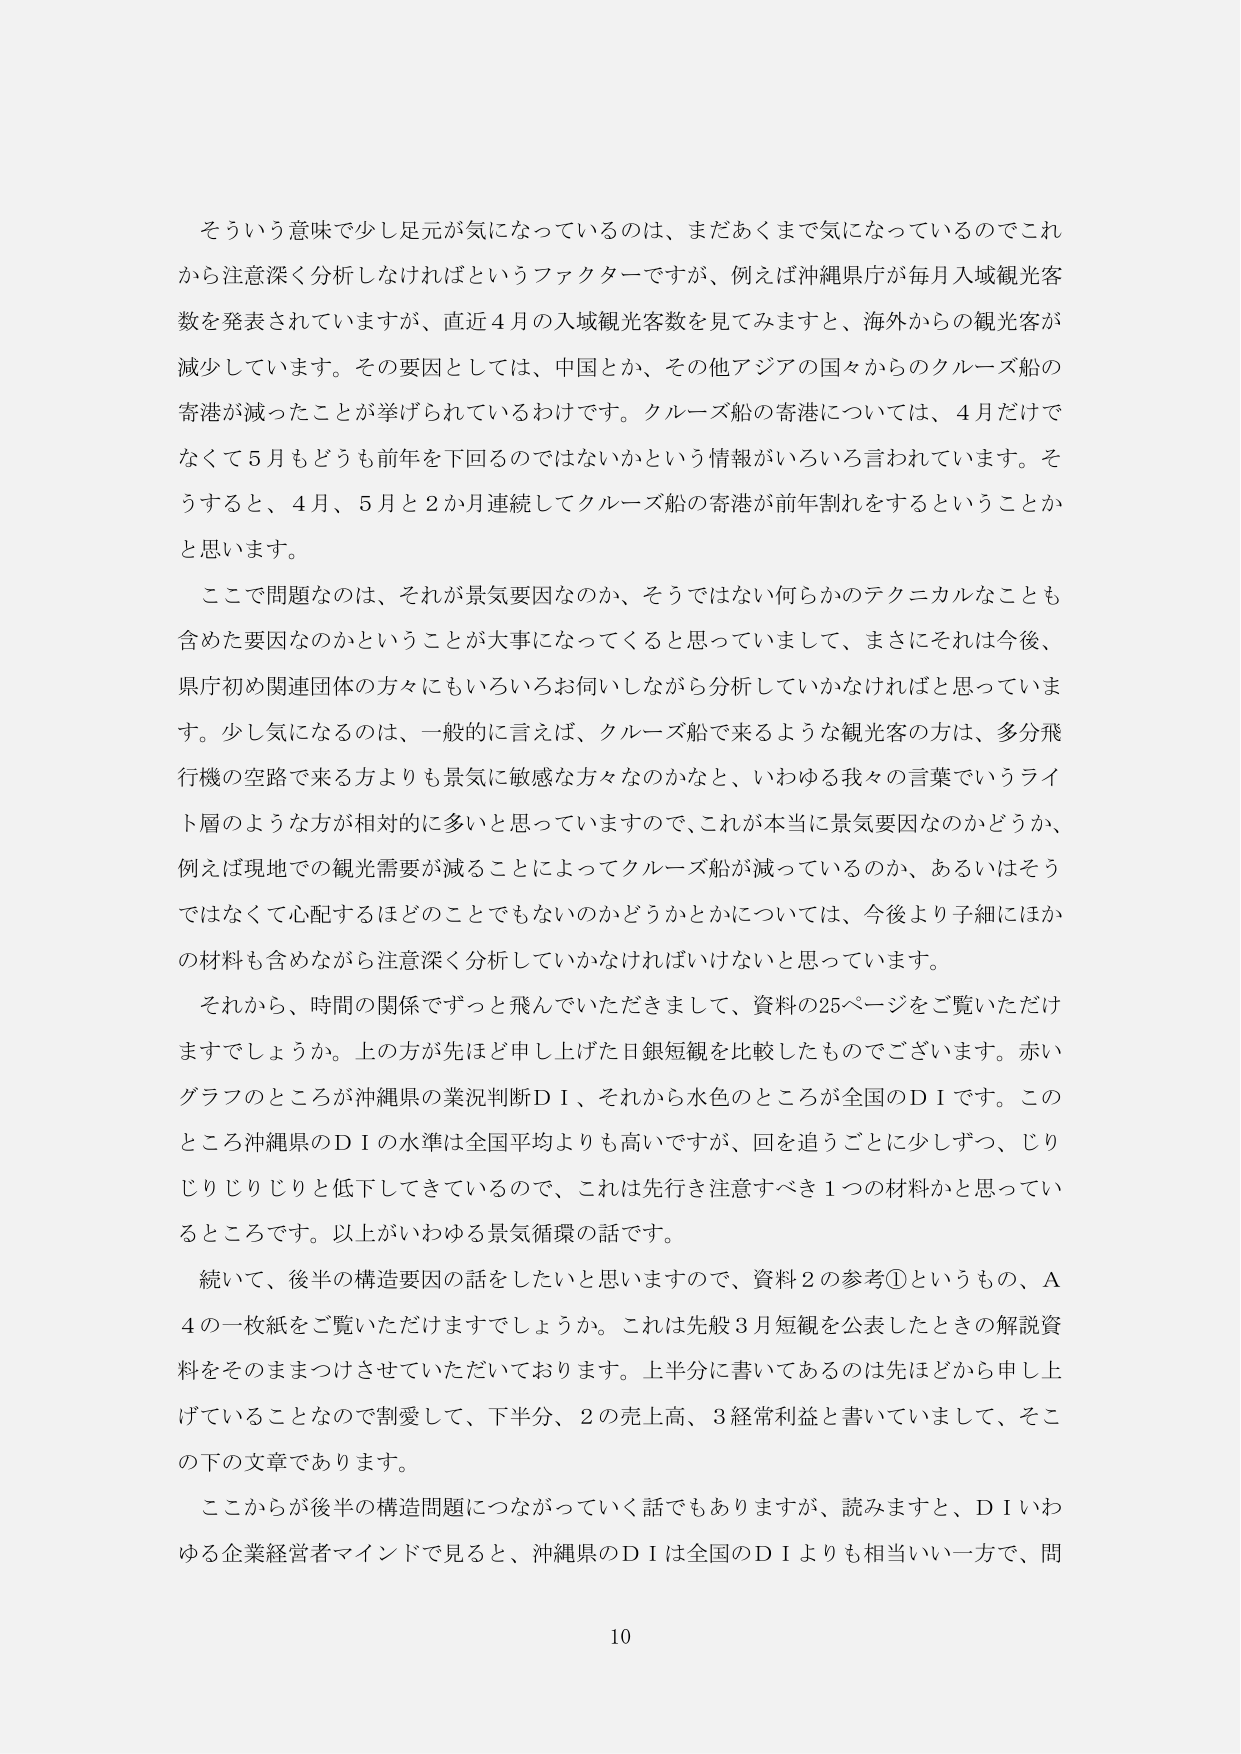
そういう意味で少し足元が気になっているのは、まだあくまで気になっているのでこれから注意深く分析しなければというファクターですが、例えば沖縄県庁が毎月入域観光客数を発表されていますが、直近４月の入域観光客数を見てみますと、海外からの観光客が減少しています。その要因としては、中国とか、その他アジアの国々からのクルーズ船の寄港が減ったことが挙げられているわけです。クルーズ船の寄港については、４月だけでなく５月もどうも前年を下回るのではないかという情報がいろいろ言われています。そうすると、４月、５月と２か月連続してクルーズ船の寄港が前年割れをするということかと思います。

ここで問題なのは、それが景気要因なのか、そうではない何らかのテクニカルなことも含めた要因なのかということが大事になってくると思っていますし、まさにそれは今後、県庁初め関連団体の方々にもいろいろお伺いしながら分析していかなければと思っています。少し気になるのは、一般的に言えば、クルーズ船で来るような観光客の方は、多分飛行機の空路で来る方よりも景気に敏感な方々なのかなと、いわゆる我々の言葉でいうライト層のような方が相対的に多いと思っていますので、これが本当に景気要因なのかどうか、例えば現地での観光需要が減ることによってクルーズ船が減っているのか、あるいはそうではなくて心配するほどのことでもないのかどうかとかについては、今後より子細にほかの材料も含めながら注意深く分析していかなければならないと思っています。

それから、時間の関係ですずっと飛んでいただきますして、資料の25ページをご覧いただけますでしょうか。上の方が先ほど申し上げた日銀短観を比較したものでございます。赤いグラフのところが沖縄県の業況判断ＤＩ、それから水色のところが全国のＤＩです。このところ沖縄県のＤＩの水準は全国平均よりも高いですが、回を追うごとに少しずつ、じりじりじりじりと低下してきているので、これは先行き注意すべき１つの材料かと思っているところです。以上がいわゆる景気循環の話です。

続いて、後半の構造要因の話をしたいと思いますので、資料２の参考①というもの、Ａ４の一紙をご覧いただけますでしょうか。これは先般３月短観を公表したときの解説資料をそのままつけてさせていただいております。上半分に書いてあるのは先ほどから申し上げていることなので割愛して、下半分、２の売上高、３経常利益と書いていまして、そこ下の文章であります。

ここからが後半の構造問題につながっていく話でもありますが、読みますと、ＤＩいわゆる企業経営者マインドで見ると、沖縄県のＤＩは全国のＤＩよりも相当いい一方で、問

10